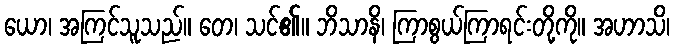
ယော၊ အကြင်သူသည်။ တေ၊ သင်၏။ ဘိသာနိ၊ ကြာစွယ်ကြာရင်းတို့ကို။ အဟာသိ၊